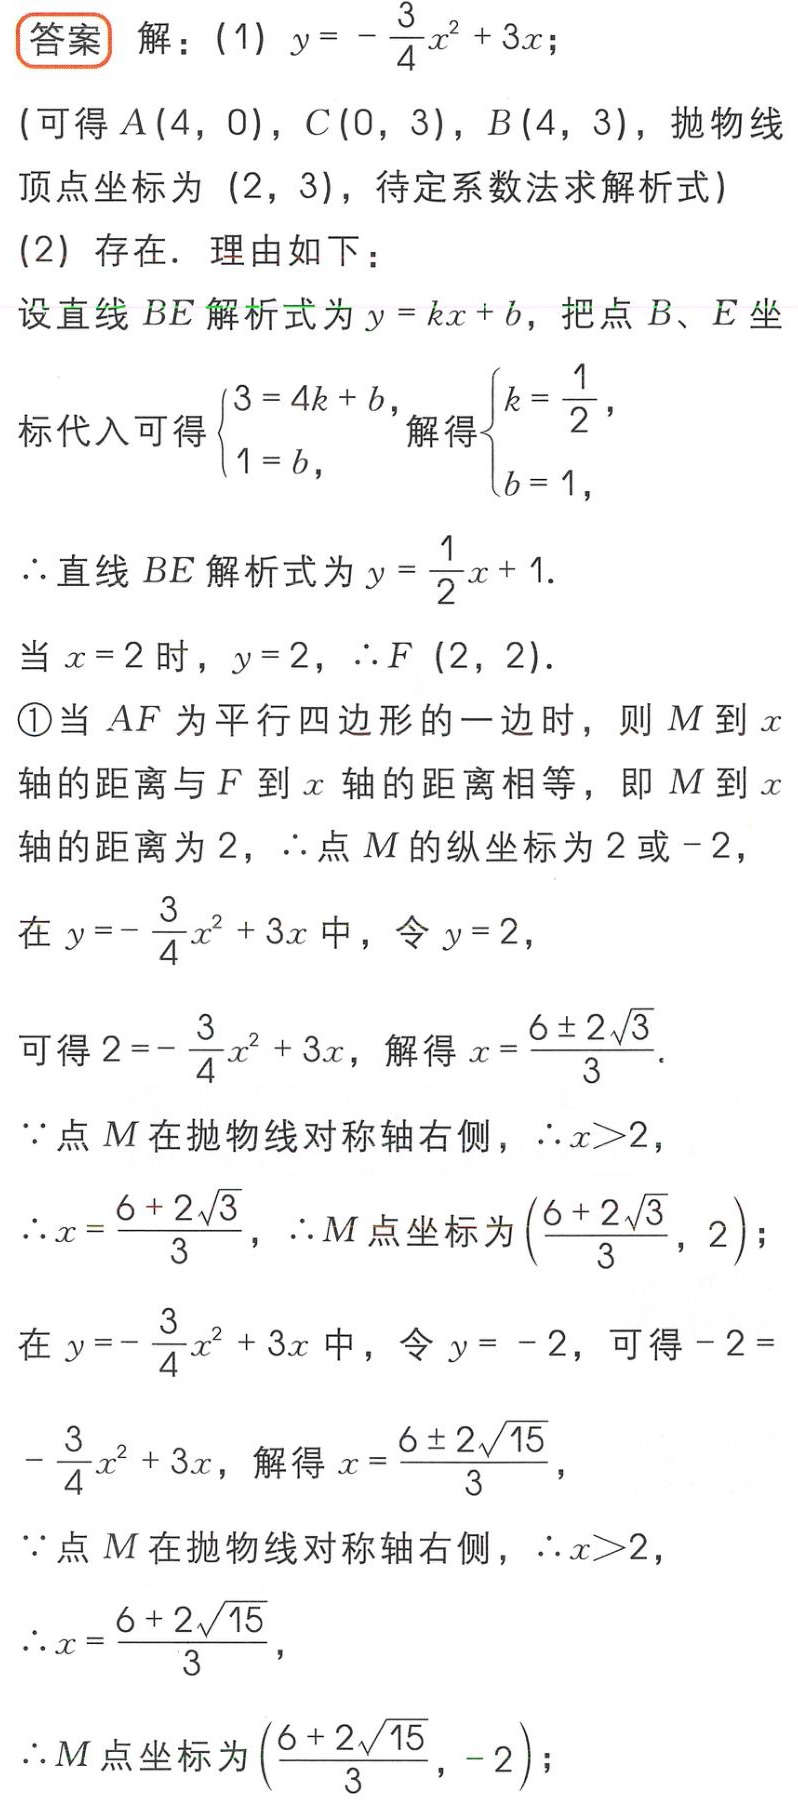
\begin{answer}
解：(1) \(y = -\frac{3}{4}x^{2}+3x\)；
(可得 \(A(4,0)\)，\(C(0,3)\)，\(B(4,3)\)，抛物线顶点坐标为 \((2,3)\)，待定系数法求解析式)
(2) 存在. 理由如下：
设直线 \(BE\) 解析式为 \(y = kx + b\)，把点 \(B\)、\(E\) 坐标代入可得 \(\begin{cases}3 = 4k + b,\\1 = b,\end{cases}\) 解得 \(\begin{cases}k=\frac{1}{2},\\b = 1,\end{cases}\)
\(\therefore\) 直线 \(BE\) 解析式为 \(y=\frac{1}{2}x + 1\).
当 \(x = 2\) 时，\(y = 2\)，\(\therefore F(2,2)\).
\textcircled{1}当 \(AF\) 为平行四边形的一边时，则 \(M\) 到 \(x\) 轴的距离与 \(F\) 到 \(x\) 轴的距离相等，即 \(M\) 到 \(x\) 轴的距离为 \(2\)，\(\therefore\) 点 \(M\) 的纵坐标为 \(2\) 或 \(-2\)，
在 \(y = -\frac{3}{4}x^{2}+3x\) 中，令 \(y = 2\)，
可得 \(2=-\frac{3}{4}x^{2}+3x\)，解得 \(x=\frac{6\pm2\sqrt{3}}{3}\).
\(\because\) 点 \(M\) 在抛物线对称轴右侧，\(\therefore x > 2\)，
\(\therefore x=\frac{6 + 2\sqrt{3}}{3}\)，\(\therefore M\) 点坐标为 \((\frac{6 + 2\sqrt{3}}{3},2)\)；
在 \(y = -\frac{3}{4}x^{2}+3x\) 中，令 \(y=-2\)，可得 \(-2 = -\frac{3}{4}x^{2}+3x\)，解得 \(x=\frac{6\pm2\sqrt{15}}{3}\)，
\(\because\) 点 \(M\) 在抛物线对称轴右侧，\(\therefore x > 2\)，
\(\therefore x=\frac{6 + 2\sqrt{15}}{3}\)，
\(\therefore M\) 点坐标为 \((\frac{6 + 2\sqrt{15}}{3},-2)\)；
\end{answer}